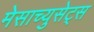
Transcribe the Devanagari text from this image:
मेसाच्युसेट्स